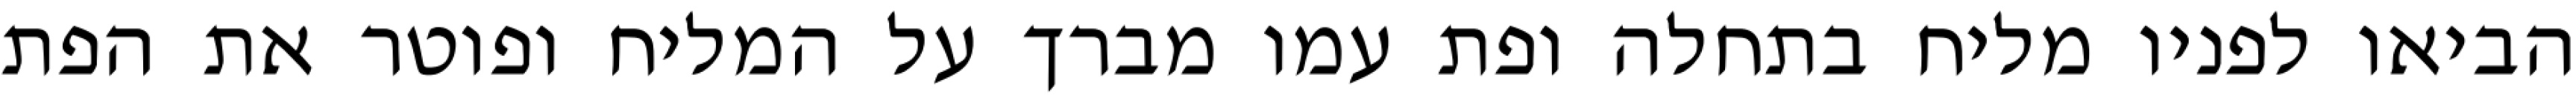
הביאו לפניו מליח בתחלה ופת עמו מברך על המליח ופוטר את הפת